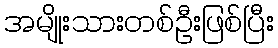
အမျိုးသားတစ်ဦးဖြစ်ပြီး